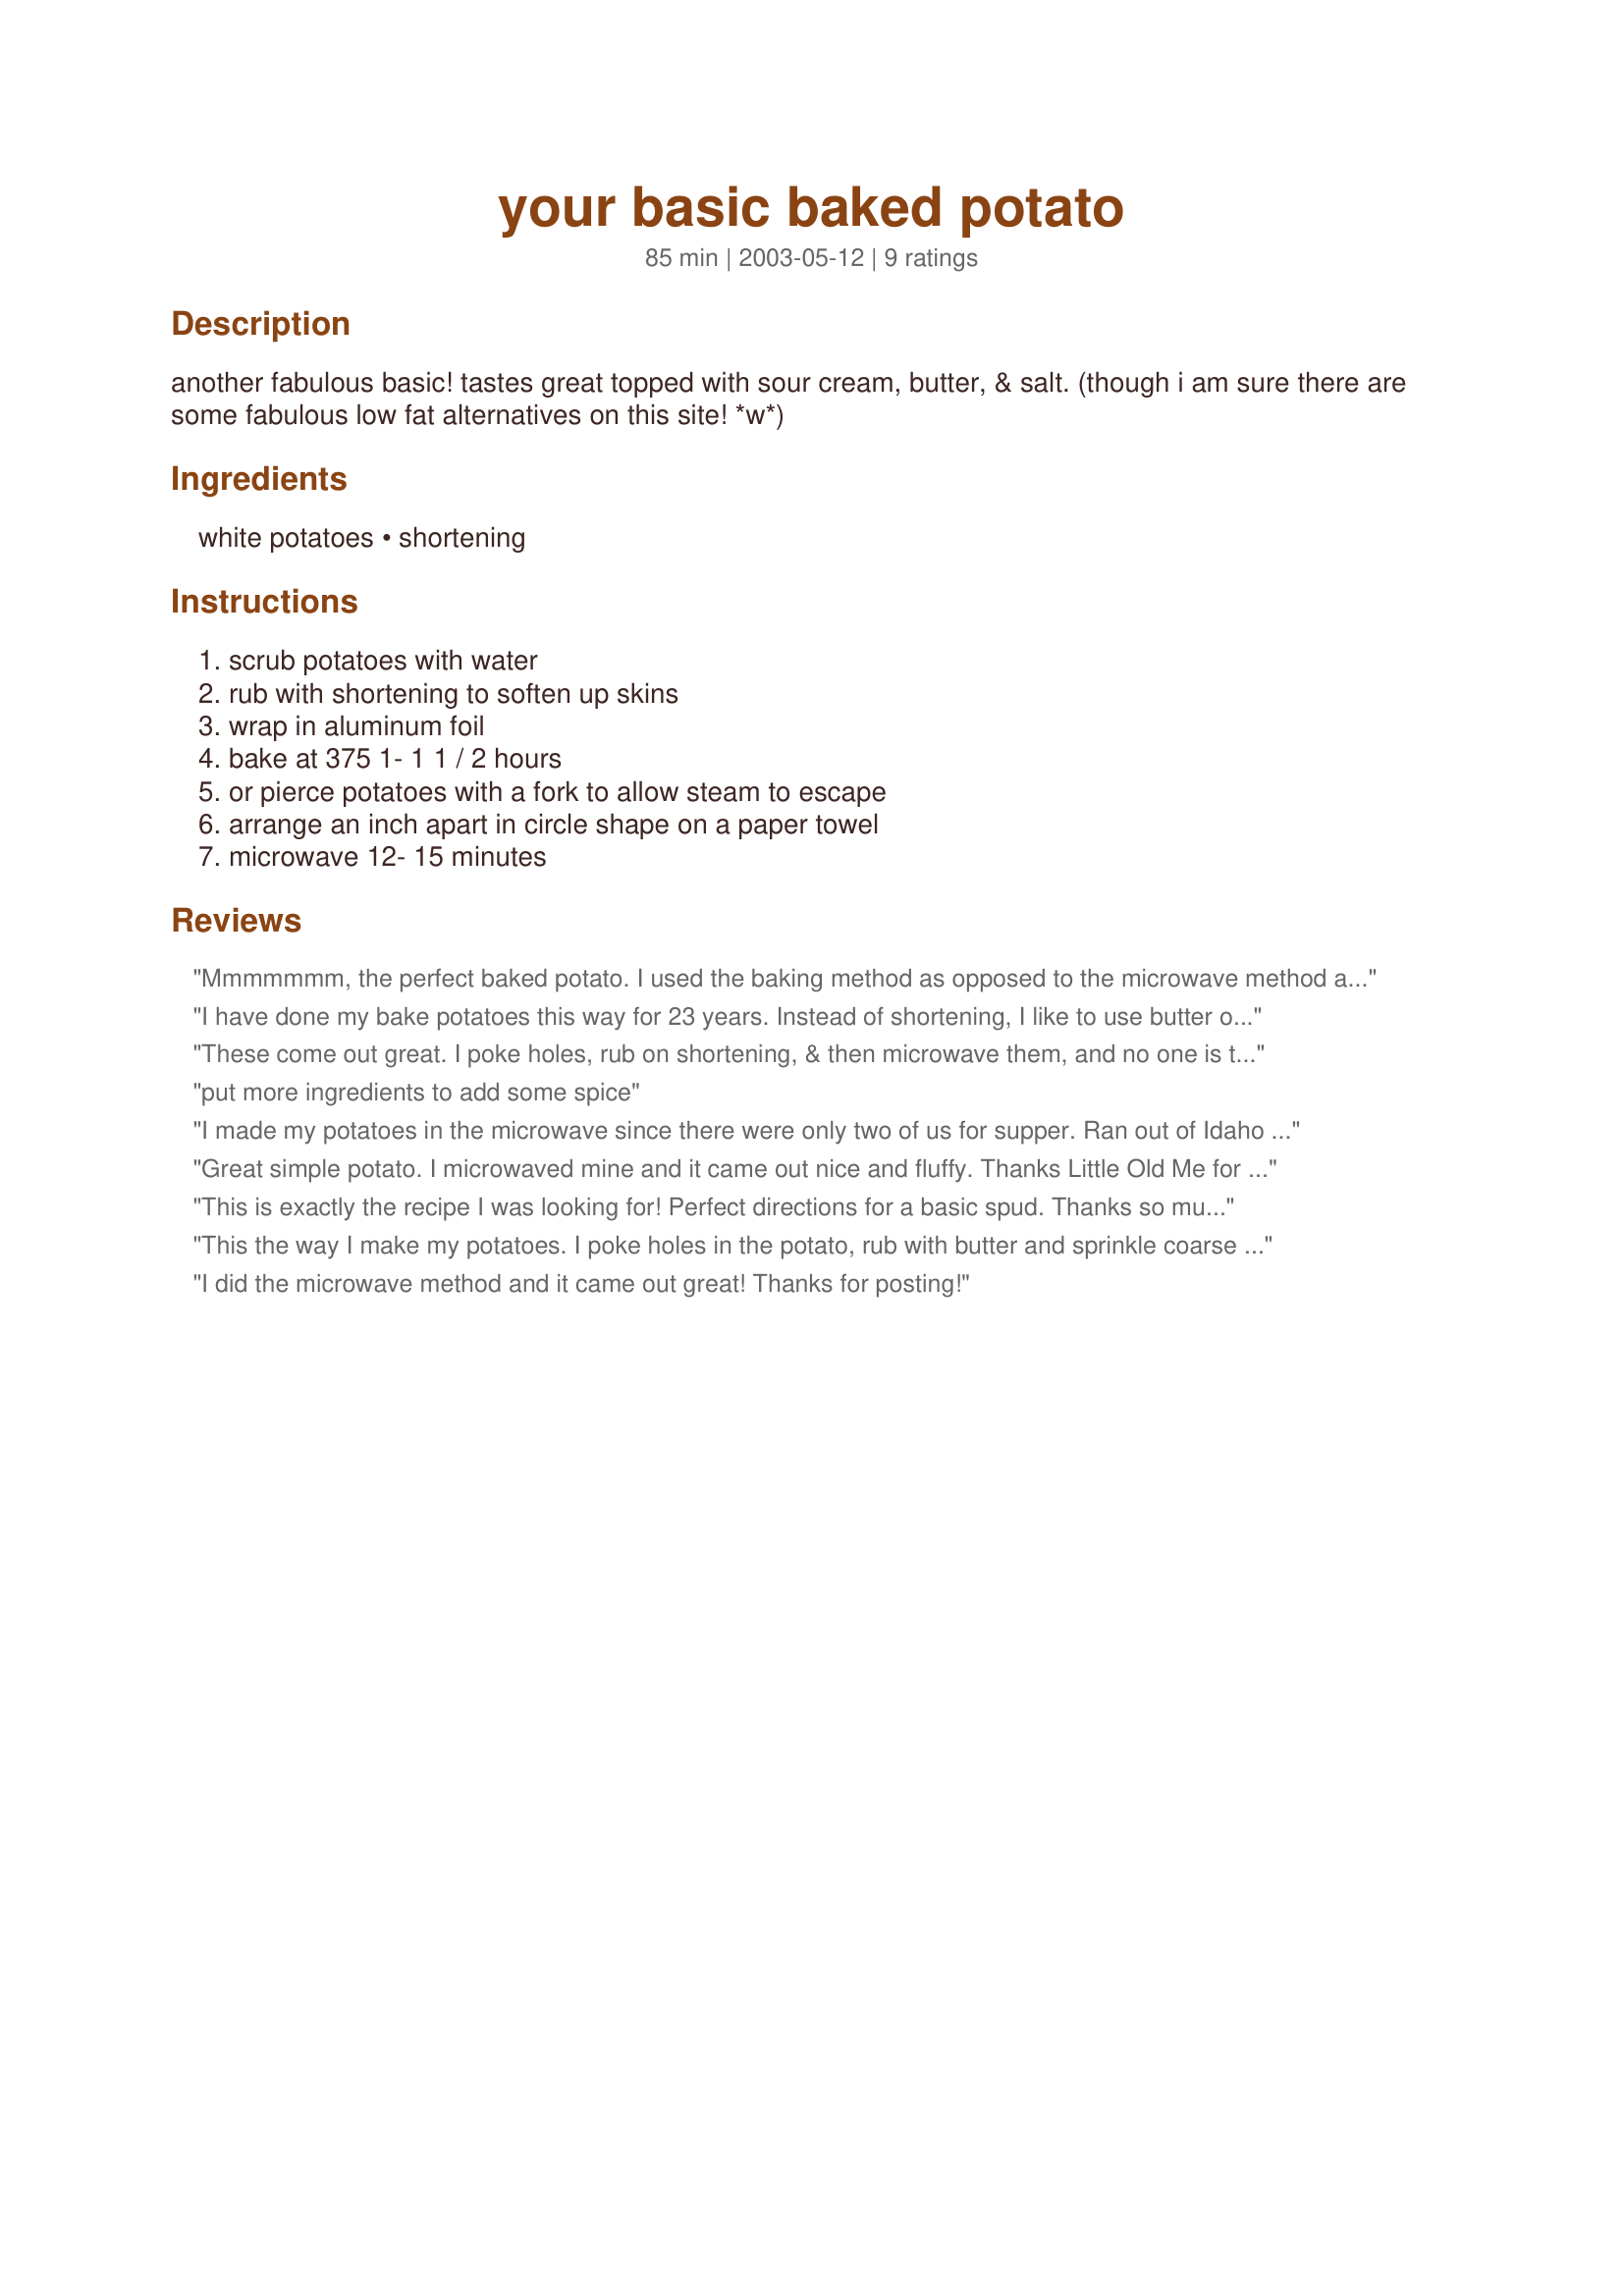
your basic baked potato
Preparation time: 85 minutes

another fabulous basic! tastes great topped with sour cream, butter, & salt. (though i am sure there are some fabulous low fat alternatives on this site! *w*)

Ingredients:
white potatoes, shortening

Steps:
scrub potatoes with water, rub with shortening to soften up skins, wrap in aluminum foil, bake at 375 1- 1 1 / 2 hours, or pierce potatoes with a fork to allow steam to escape, arrange an inch apart in circle shape on a paper towel, microwave 12- 15 minutes

Reviews:
Mmmmmmm, the perfect baked potato. I used the baking method as opposed to the microwave method and left off the shortening. Just pierced the potatoes with a fork, wrapped in foil, and popped them in the oven! Awesome!
I have done my bake potatoes this way for 23 years. Instead of shortening, I like to use butter or margarine to rub on the skins. Before I rub with butter, I take a fork and poke holes all away around the potato, rub with butter and then wrap in aluminum foil.
These come out great. I poke holes, rub on shortening, & then microwave them, and no one is the wiser. Great recipe, very easy. I'll never put a potato in the oven again! ;)
put more ingredients to add some spice
I made my potatoes in the microwave since there were only two of us for supper. Ran out of Idaho potatoes so used red's and enjoyed them even more. Did not rub with shortening and topped with sour cream, a pat of butter, and bacon bits. Perfect baked potato!
Great simple potato. I microwaved mine and it came out nice and fluffy. Thanks Little Old Me for a nice keeper. Made for Cookbook Tag.
This is exactly the recipe I was looking for! Perfect directions for a basic spud. Thanks so much for posting! :)
This the way I make my potatoes. I poke holes in the potato, rub with butter and sprinkle coarse salt on the skin. then wrap in aluminum foil.
I did the microwave method and it came out great! Thanks for posting!
